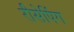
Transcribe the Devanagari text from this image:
रीसेपिंग